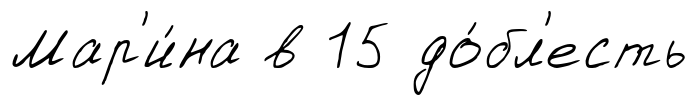
Мар'и́на в 15 до́бл'есть